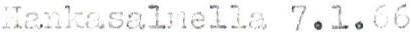
Hankasalmella 7.1.66